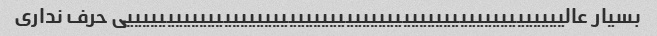
بسیار عالییییییییییییییییییییییییییییییییییییییییییییییییییییییی حرف نداری